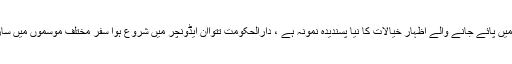
ایکس این ایم ایکس لیک وین ایکسپریس میں پائے جانے والے اظہار خیالات کا نیا پسندیدہ نمونہ ہے ، دارالحکومت تتواان ایڈونچر میں شروع ہوا سفر مختلف موسموں میں سارا سال مسافروں کی توجہ کا مرکز رہا۔